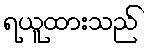
ရယူထားသည်